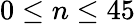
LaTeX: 0\leq n\leq 45